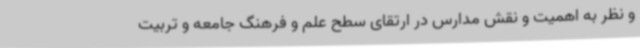
و نظر به اهمیت و نقش مدارس در ارتقای سطح علم و فرهنگ جامعه و تربیت